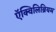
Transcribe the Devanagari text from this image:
ऍक्विलिब्रियम